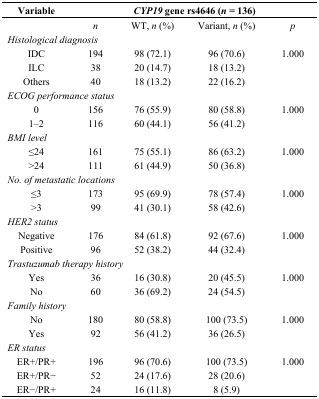
| Variable |  | <COLSPAN=2> CYP19 gene rs4646 (n = 136) |  |
 |  | n | WT, n (%) | Variant, n (%) | p |
 | --- | --- | --- | --- | --- |
 | <COLSPAN=5> Histological diagnosis |
 | IDC | 194 | 98 (72.1) | 96 (70.6) | 1.000 |
 | ILC | 38 | 20 (14.7) | 18 (13.2) |  |
 | Others | 40 | 18 (13.2) | 22 (16.2) |  |
 | <COLSPAN=5> ECOG performance status |
 | 0 | 156 | 76 (55.9) | 80 (58.8) | 1.000 |
 | 1–2 | 116 | 60 (44.1) | 56 (41.2) |  |
 | <COLSPAN=5> BMI level |
 | ≤24 | 161 | 75 (55.1) | 86 (63.2) | 1.000 |
 | >24 | 111 | 61 (44.9) | 50 (36.8) |  |
 | <COLSPAN=5> No. of metastatic locations |
 | ≤3 | 173 | 95 (69.9) | 78 (57.4) | 1.000 |
 | >3 | 99 | 41 (30.1) | 58 (42.6) |  |
 | <COLSPAN=5> HER2 status |
 | Negative | 176 | 84 (61.8) | 92 (67.6) | 1.000 |
 | Positive | 96 | 52 (38.2) | 44 (32.4) |  |
 | <COLSPAN=5> Trastuzumab therapy history |
 | Yes | 36 | 16 (30.8) | 20 (45.5) | 1.000 |
 | No | 60 | 36 (69.2) | 24 (54.5) |  |
 | <COLSPAN=5> Family history |
 | No | 180 | 80 (58.8) | 100 (73.5) | 1.000 |
 | Yes | 92 | 56 (41.2) | 36 (26.5) |  |
 | <COLSPAN=5> ER status |
 | ER+/PR+ | 196 | 96 (70.6) | 100 (73.5) | 1.000 |
 | ER+/PR− | 52 | 24 (17.6) | 28 (20.6) |  |
 | ER−/PR+ | 24 | 16 (11.8) | 8 (5.9) |  |